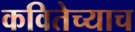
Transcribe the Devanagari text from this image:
कवितेच्याच